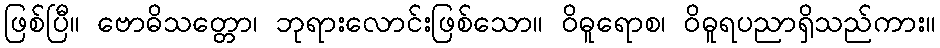
ဖြစ်ပြီ။ ဗောဓိသတ္တော၊ ဘုရားလောင်းဖြစ်သော။ ဝိဓူရောစ၊ ဝိဓူရပညာရှိသည်ကား။